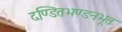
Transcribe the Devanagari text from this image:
दण्डितभण्डनभूत